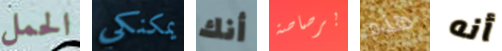
الحمل يمكنكي أنك برصاصة هذه أنه